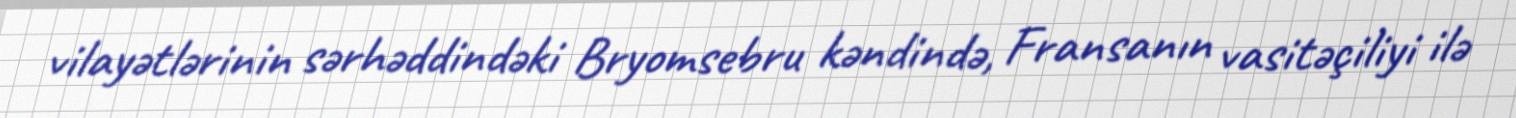
vilayətlərinin sərhəddindəki Bryomsebru kəndində, Fransanın vasitəçiliyi ilə